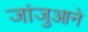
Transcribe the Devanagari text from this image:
जांजुआने